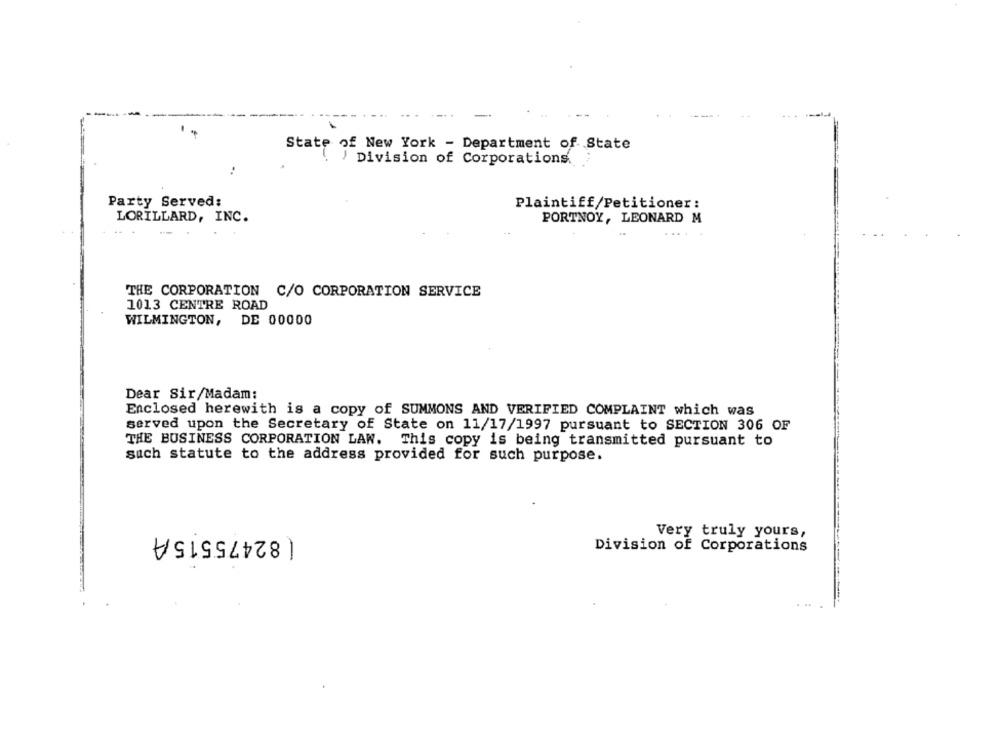
State of New York - Department of State
I Division of Corporations.
:
Party Served:
Plaintiff/Petitioner:
LORILLARD, INC.
PORTNOY, LEONARD M
....
THE CORPORATION C/O CORPORATION SERVICE
1013 CENTRE ROAD
WILMINGTON, DE 00000
Dear Sir/Madam:
Enclosed herewith is a copy of SUMMONS AND VERIFIED COMPLAINT which was
served upon the Secretary of State on 11/17/1997 pursuant to SECTION 306 OF
THE BUSINESS CORPORATION LAW. This copy is being transmitted pursuant to
such statute to the address provided for such purpose.
( 82475515A
Very truly yours,
Division of Corporations